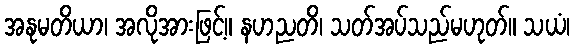
အနုမတိယာ၊ အလိုအားဖြင့်။ နဟညတိ၊ သတ်အပ်သည်မဟုတ်။ သယံ၊